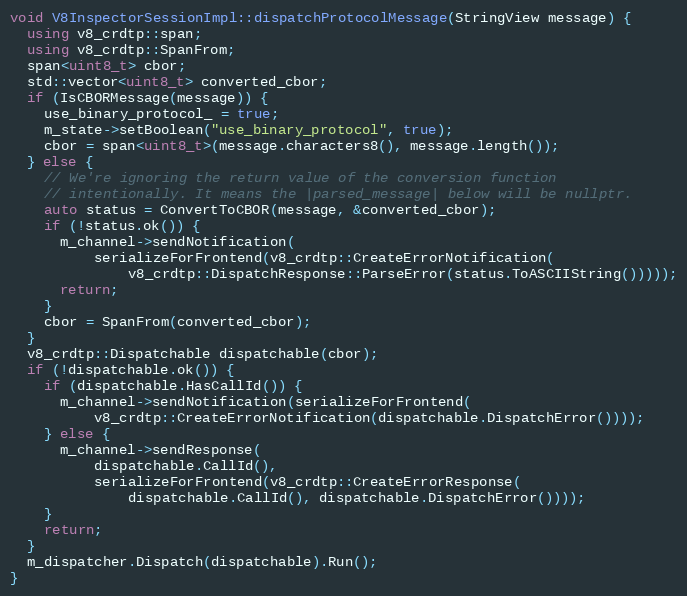
Language: C++
void V8InspectorSessionImpl::dispatchProtocolMessage(StringView message) {
  using v8_crdtp::span;
  using v8_crdtp::SpanFrom;
  span<uint8_t> cbor;
  std::vector<uint8_t> converted_cbor;
  if (IsCBORMessage(message)) {
    use_binary_protocol_ = true;
    m_state->setBoolean("use_binary_protocol", true);
    cbor = span<uint8_t>(message.characters8(), message.length());
  } else {
    // We're ignoring the return value of the conversion function
    // intentionally. It means the |parsed_message| below will be nullptr.
    auto status = ConvertToCBOR(message, &converted_cbor);
    if (!status.ok()) {
      m_channel->sendNotification(
          serializeForFrontend(v8_crdtp::CreateErrorNotification(
              v8_crdtp::DispatchResponse::ParseError(status.ToASCIIString()))));
      return;
    }
    cbor = SpanFrom(converted_cbor);
  }
  v8_crdtp::Dispatchable dispatchable(cbor);
  if (!dispatchable.ok()) {
    if (dispatchable.HasCallId()) {
      m_channel->sendNotification(serializeForFrontend(
          v8_crdtp::CreateErrorNotification(dispatchable.DispatchError())));
    } else {
      m_channel->sendResponse(
          dispatchable.CallId(),
          serializeForFrontend(v8_crdtp::CreateErrorResponse(
              dispatchable.CallId(), dispatchable.DispatchError())));
    }
    return;
  }
  m_dispatcher.Dispatch(dispatchable).Run();
}